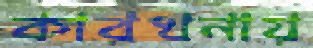
কারখনায়